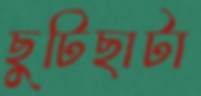
ছুটিছাটা